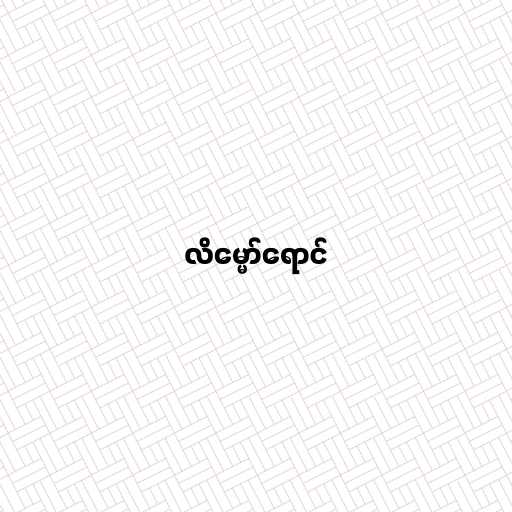
လိမ္မော်ရောင်